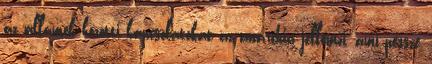
az államok közötti kapcsolatokat az anarchia jellemzi, ami persze